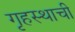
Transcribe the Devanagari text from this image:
गृहस्थाची